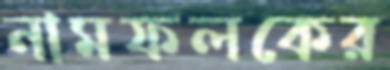
নামফলকের